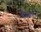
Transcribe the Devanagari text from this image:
भौराल